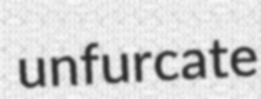
unfurcate